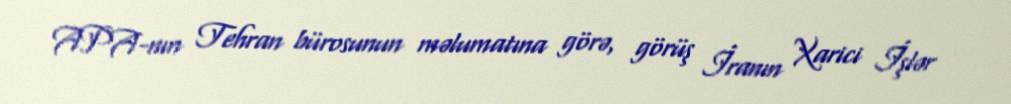
APA-nın Tehran bürosunun məlumatına görə, görüş İranın Xarici İşlər